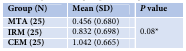
<table><thead><tr><td><b>Group (N)</b></td><td><b>Mean (SD)</b></td><td><b><i>P</i> value</b></td></tr></thead><tbody><tr><td><b>MTA (25)</b></td><td>0.456 (0.680)</td><td rowspan="3">0.08*</td></tr><tr><td><b>IRM (25)</b></td><td>0.832 (0.698)</td></tr><tr><td><b>CEM (25)</b></td><td>1.042 (0.665)</td></tr></tbody></table>